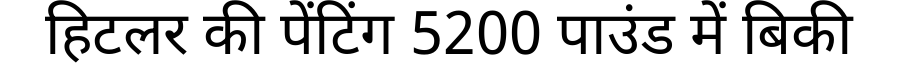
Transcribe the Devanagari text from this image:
हिटलर की पेंटिंग 5200 पाउंड में बिकी